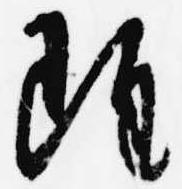
雖